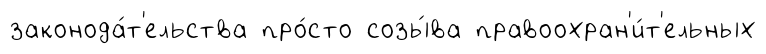
законода́т'ельства про́сто созы́ва правоохран'и́т'ельных